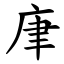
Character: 㡽